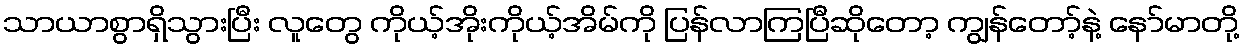
သာယာစွာရှိသွားပြီး လူတွေ ကိုယ့်အိုးကိုယ့်အိမ်ကို ပြန်လာကြပြီဆိုတော့ ကျွန်တော့်နဲ့ နော်မာတို့